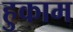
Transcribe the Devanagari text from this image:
हुकाम